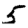
Digit: 5